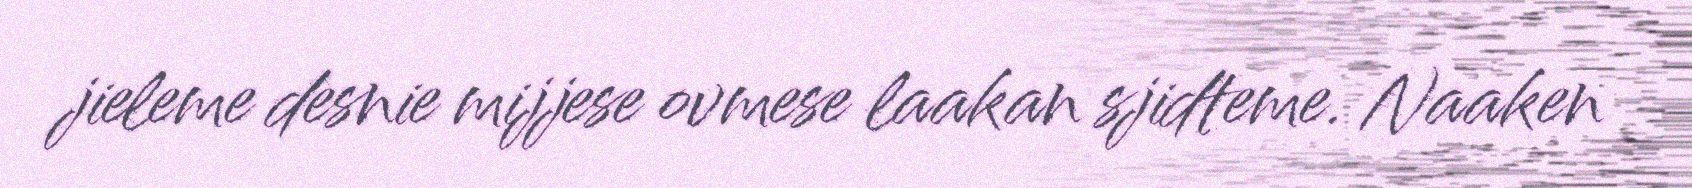
jieleme desnie mijjese ovmese laakan sjidteme. Naaken